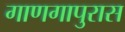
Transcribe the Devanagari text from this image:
गाणगापुरास